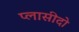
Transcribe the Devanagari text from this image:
प्लासीदो